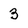
Character: 3